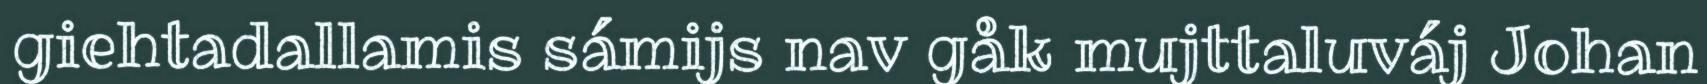
giehtadallamis sámijs nav gåk mujttaluváj Johan